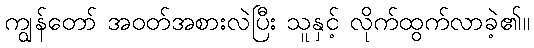
ကျွန်တော် အဝတ်အစားလဲပြီး သူနှင့် လိုက်ထွက်လာခဲ့၏။